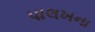
પાલખના